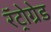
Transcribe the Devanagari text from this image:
रॅट्रोग्रेड